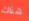
هناك